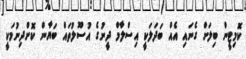
ކޮމިޓީން ބިލަށް ގެނައި އެއް ބަދަލަކީ އިސްލާމް ދީނުގެ އުސޫލުތައް ބަޔާން ކޮށްދިނުމަކީ